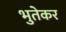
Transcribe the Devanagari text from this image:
भुतेकर